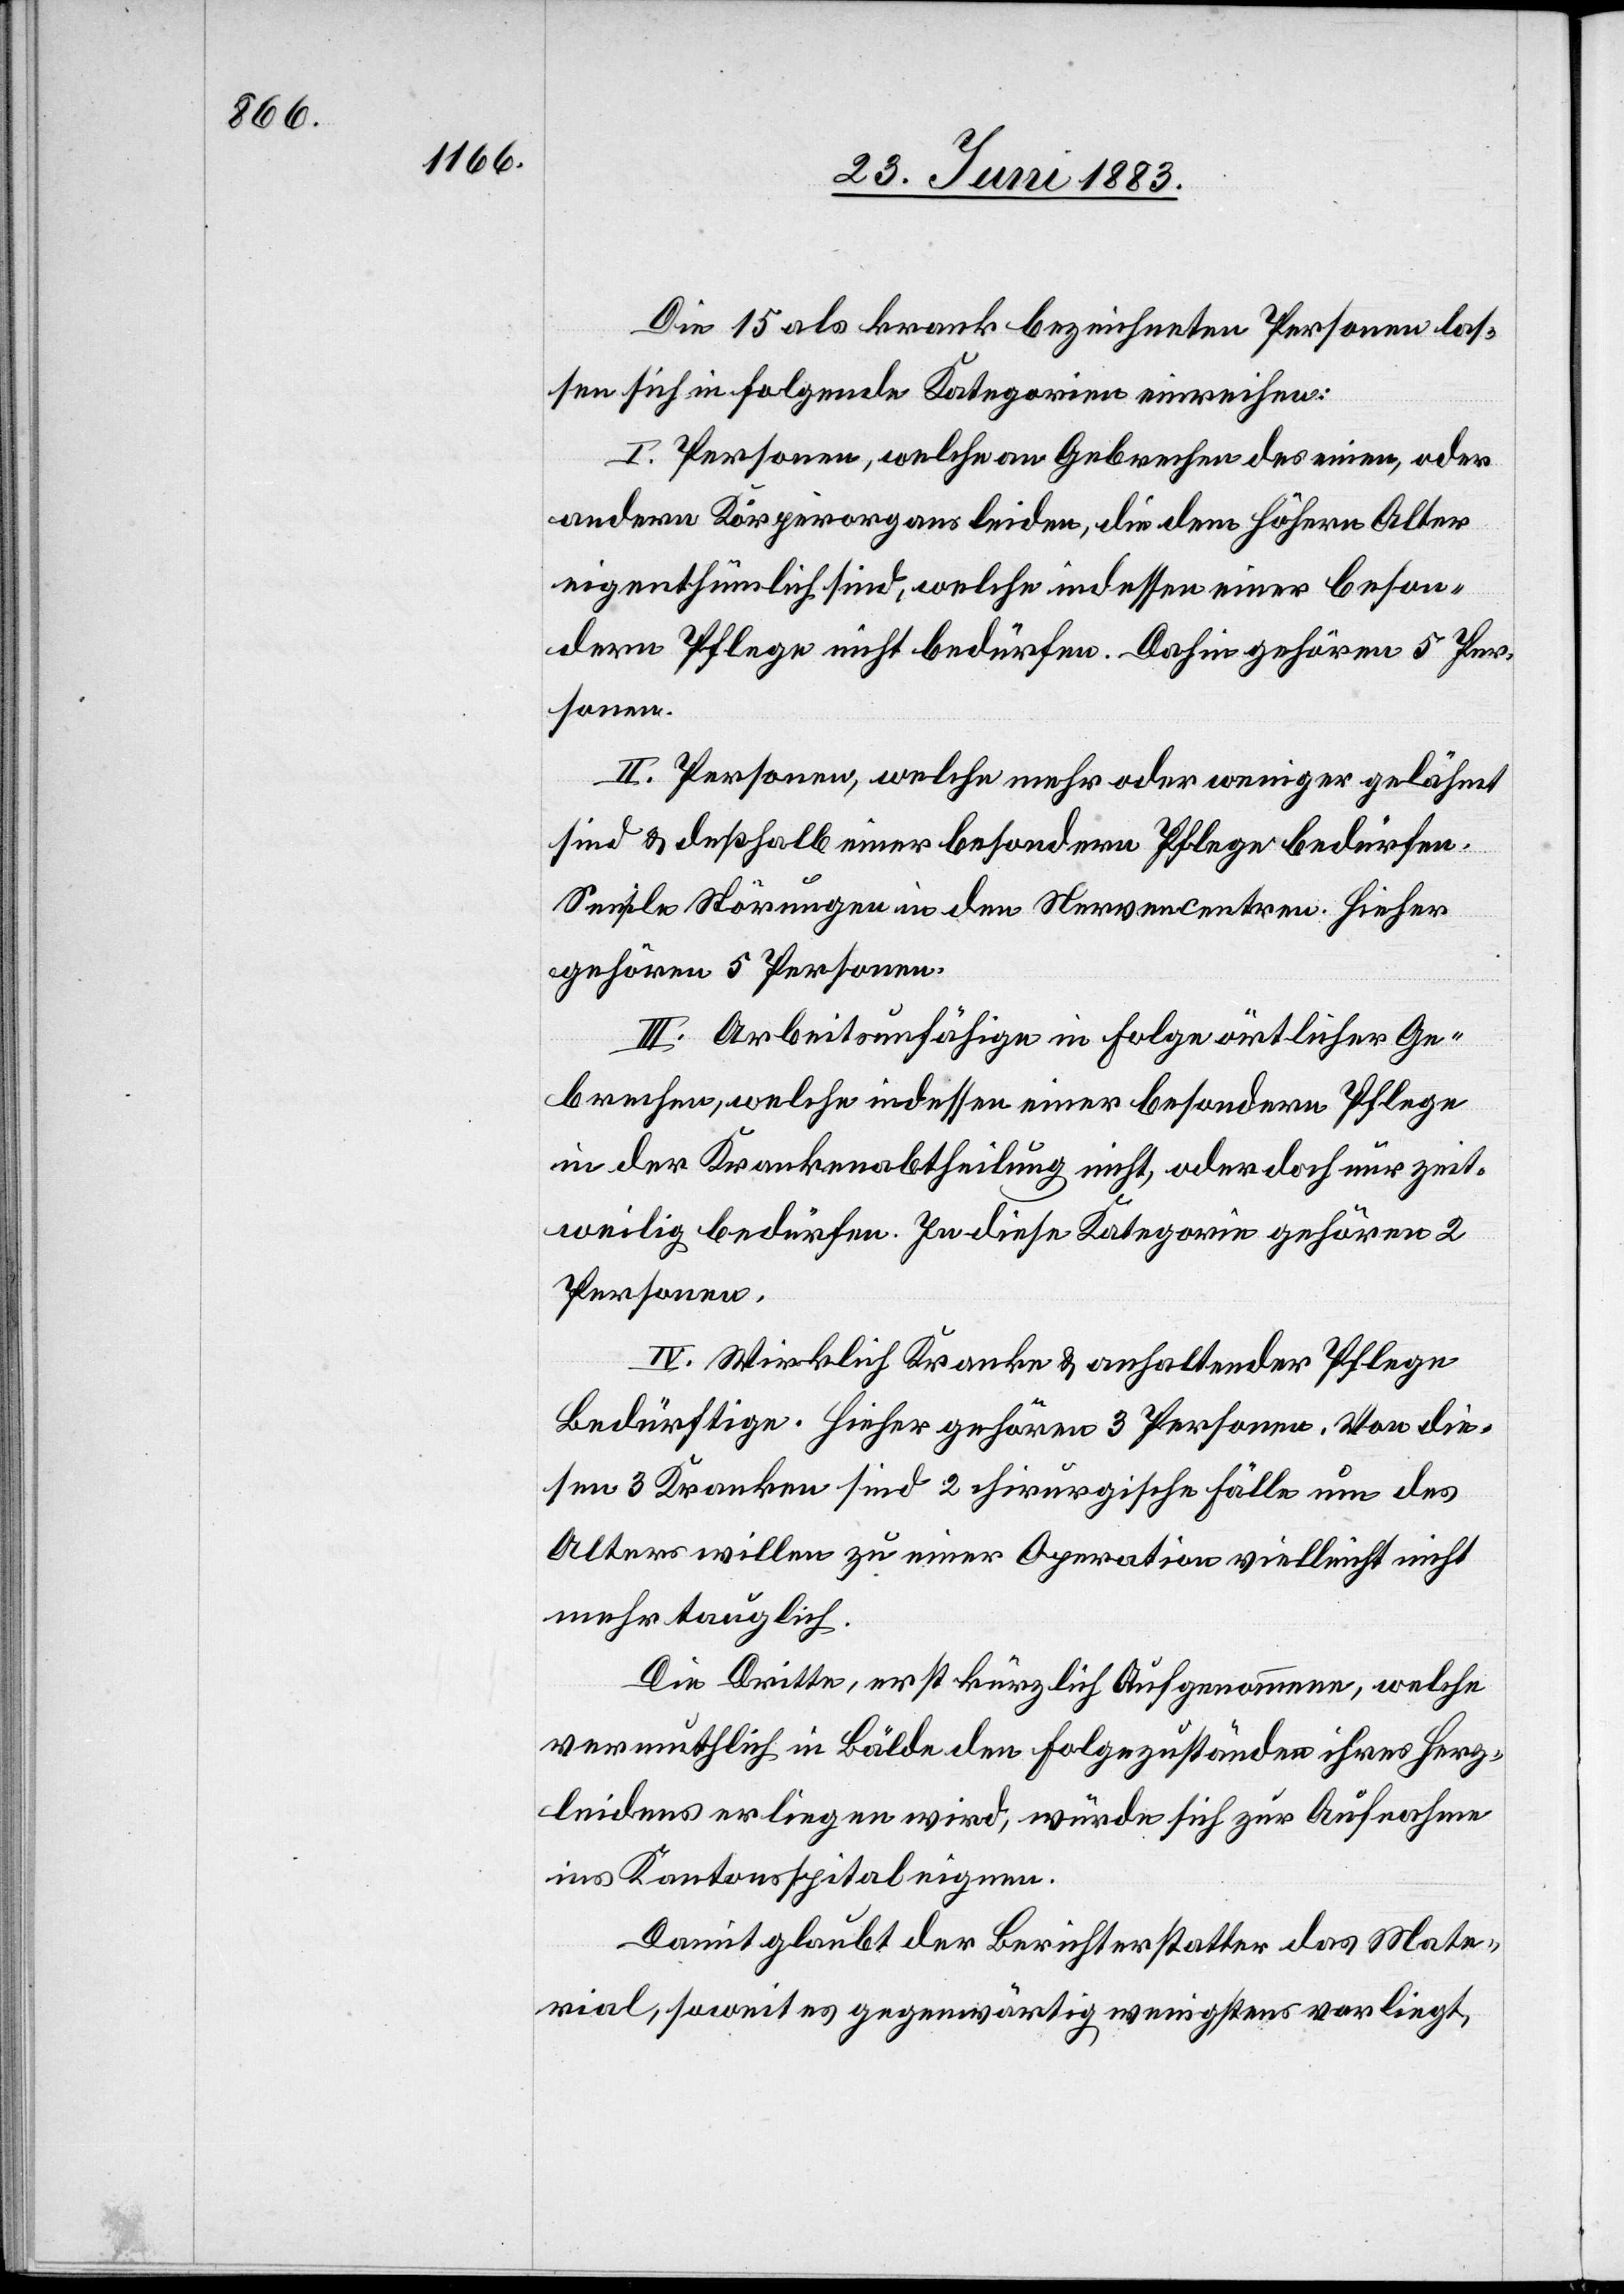
Die 15 als krank bezeichneten Personen las¬
sen sich in folgende Kategorien einreihen:
I. Personen, welche an Gebrechen des einen, oder
andern Körperorgans leiden, die dem höhern Alter
eigenthümlich sind, welche indessen einer beson¬
dern Pflege nicht bedürfen. Dahin gehören 5 Per¬
sonen.
II. Personen, welche mehr oder weniger gelähmt
sind & deßhalb einer besondern Pflege bedürfen.
Senile Störungen in den Nervencentren. Hieher
gehören 5 Personen.
III. Arbeitsunfähige in Folge ärztlicher Ge¬
brechen, welche indessen einer besondern Pflege
in der Krankenabtheilung nicht, oder doch nur zeit¬
weilig bedürfen. In diese Kategorie gehören 2
Personen.
IV. Wirklich Kranke & anhaltender Pflege
Bedürftige. Hieher gehören 3 Personen. Von die¬
sen 3 Kranken sind 2 chirurgische Fälle um des
Alters willen zu einer Operation vielleicht nicht
mehr tauglich.
Die Dritte, erst kürzlich Aufgenommene, welche
vermuthlich in Bälde den Folgezuständen ihres Herz¬
leidens erliegen wird, würde sich zur Aufnahme
ins Kantonsspital eignen.
Damit glaubt der Berichterstatter das Mate¬
rial, soweit es gegenwärtig wenigstens vorliegt,